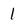
Character: 1